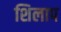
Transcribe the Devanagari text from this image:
शिलाप